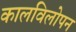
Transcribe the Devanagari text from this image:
कालविलोपन